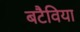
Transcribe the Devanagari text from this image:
बटैविया